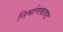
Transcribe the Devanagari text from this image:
निर्माणकाष्ठ